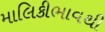
માલિકીભાવથી